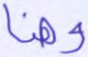
وهنا